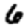
Digit: 6